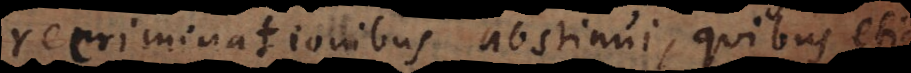
recriminationibus abstinui, quibus etiam